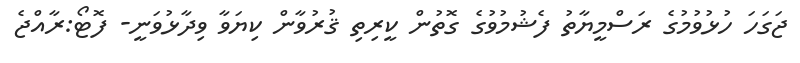
ޖަގަހަ ހުޅުވުމުގެ ރަސްމީޔާތު ފެޝުމުވުގެ ގޮތުން ކީރިތި ޤުރުވާން ކިޔަވާ ވިދާޅުވަނީ- ފޮޓޯ:ރާއްޖެ